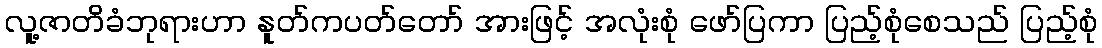
လူ့ဇာတိခံဘုရားဟာ နူတ်ကပတ်တော် အားဖြင့် အလုံးစုံ ဖော်ပြကာ ပြည့်စုံစေသည် ပြည့်စုံ